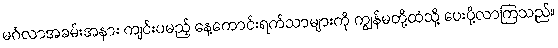
မင်္ဂလာအခမ်းအနား ကျင်းပမည့် နေ့ကောင်းရက်သာများကို ကျွန်မတို့ထံသို့ ပေးပို့လာကြသည်။